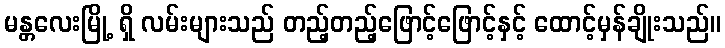
မန္တလေးမြို့ ရှိ လမ်းများသည် တည့်တည့်ဖြောင့်ဖြောင့်နှင့် ထောင့်မှန်ချိုးသည်။